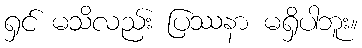
ရှင် မသိလည်း ပြဿနာ မရှိပါဘူး။